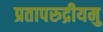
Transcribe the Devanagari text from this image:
प्रतापरुद्रीयमु